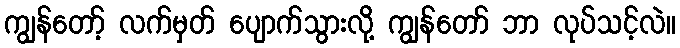
ကျွန်တော့် လက်မှတ် ပျောက်သွားလို့ ကျွန်တော် ဘာ လုပ်သင့်လဲ။